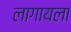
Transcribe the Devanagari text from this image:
लागायला